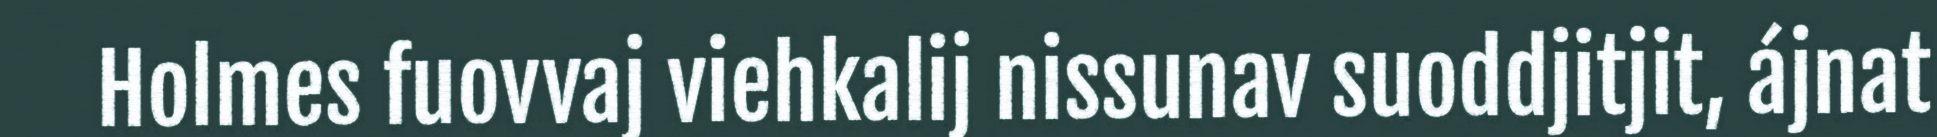
Holmes fuovvaj viehkalij nissunav suoddjitjit, ájnat